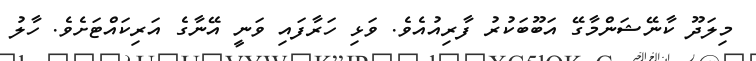
މިލަދޫ ކާނޭޝަންމާގޭ އަބޫބަކުރު ފާރިއުއެވެ. ވަޅި ހަރާފައި ވަނީ އޭނާގެ އަރިކައްޓަށެވެ. ހާލު